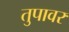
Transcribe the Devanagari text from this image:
तुपावर